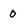
Character: 0